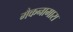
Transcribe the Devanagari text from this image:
मैकनामारा